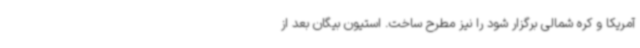
آمریکا و کره شمالی برگزار شود را نیز مطرح ساخت. استیون بیگان بعد از